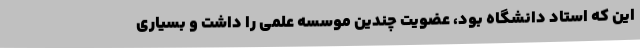
این که استاد دانشگاه بود، عضویت چندین موسسه علمی را داشت و بسیاری